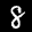
Label: 8